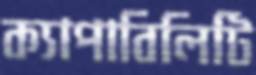
ক্যাপাবিলিটি